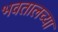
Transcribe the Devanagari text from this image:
भवतालच्या